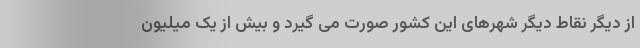
از دیگر نقاط دیگر شهرهای این کشور صورت می گیرد و بیش از یک میلیون